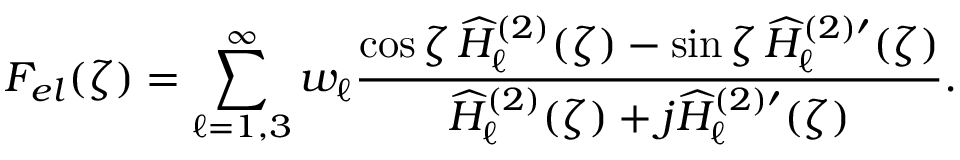
F _ { e l } ( \zeta ) = \sum _ { \ell = 1 , 3 } ^ { \infty } w _ { \ell } \frac { \cos \zeta \, \widehat { H } _ { \ell } ^ { ( 2 ) } ( \zeta ) - \sin \zeta \, \widehat { H } _ { \ell } ^ { ( 2 ) \prime } ( \zeta ) } { \widehat { H } _ { \ell } ^ { ( 2 ) } ( \zeta ) + j \widehat { H } _ { \ell } ^ { ( 2 ) \prime } ( \zeta ) } .